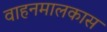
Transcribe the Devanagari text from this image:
वाहनमालकास